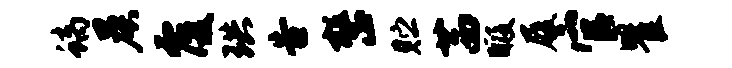
螭晨覆珙告整贮茜暇履官瞿